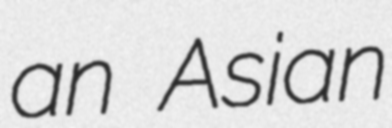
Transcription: an Asian